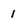
Character: 1